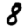
Digit: 8